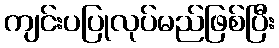
ကျင်းပပြုလုပ်မည်ဖြစ်ပြီး